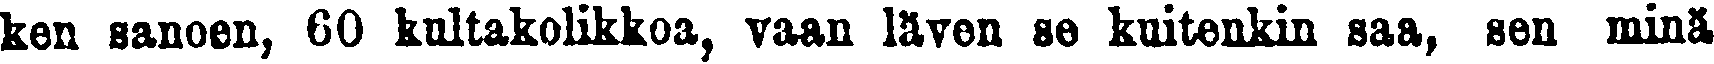
ken sanoen, 60 kultakolikkoa, vaan läven se kuitenkin saa, sen minä